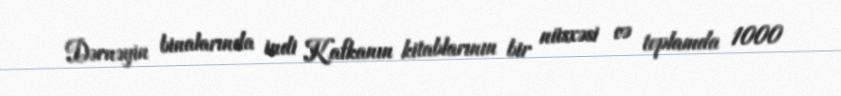
Dərnəyin binalarında indi Kafkanın kitablarının bir nüsxəsi və toplamda 1000